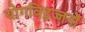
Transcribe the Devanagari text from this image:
योगविद्वज्जनों